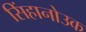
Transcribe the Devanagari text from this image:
सिंहानोउक